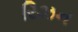
રિઝન